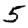
Digit: 5